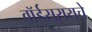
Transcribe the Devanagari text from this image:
वॉईसरायचे